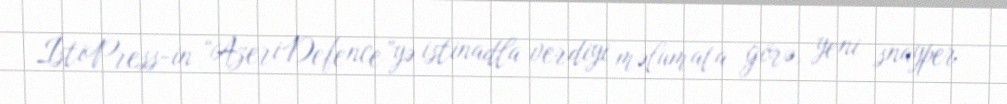
İstiPress-in “AzeriDefence”yə istinadla verdiyi məlumata görə, yeni snayper